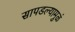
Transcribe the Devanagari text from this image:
सापडल्यामुळं